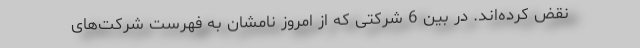
نقض کرده‌اند. در بین 6 شرکتی که از امروز نامشان به فهرست شرکت‌های